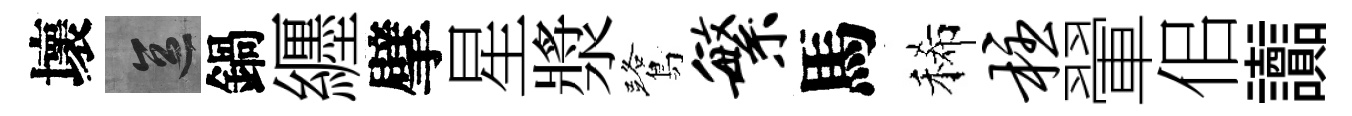
壞區鍋纒擘星漿鷺繁馬稀柱翬佀讟